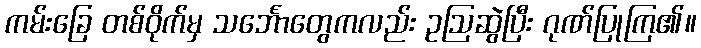
ကမ်းခြေ တစ်ဝိုက်မှ သင်္ဘောတွေကလည်း ဥဩဆွဲပြီး ဂုဏ်ပြုကြ၏။